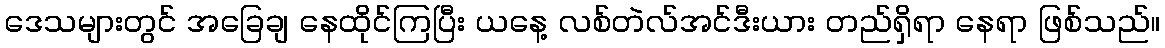
ဒေသများတွင် အခြေချ နေထိုင်ကြပြီး ယနေ့ လစ်တဲလ်အင်ဒီးယား တည်ရှိရာ နေရာ ဖြစ်သည်။